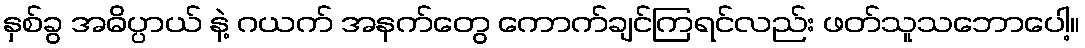
နှစ်ခွ အဓိပ္ပာယ် နဲ့ ဂယက် အနက်တွေ ကောက်ချင်ကြရင်လည်း ဖတ်သူသဘောပေါ့။